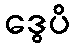
ဒွေပိ